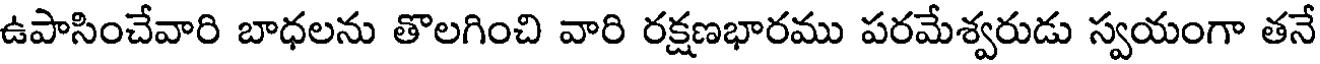
ఉపాసించేవారి బాధలను తొలగించి వారి రక్షణభారము పరమేశ్వరుడు స్వయంగా తనే